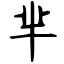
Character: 芈